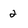
Character: 2